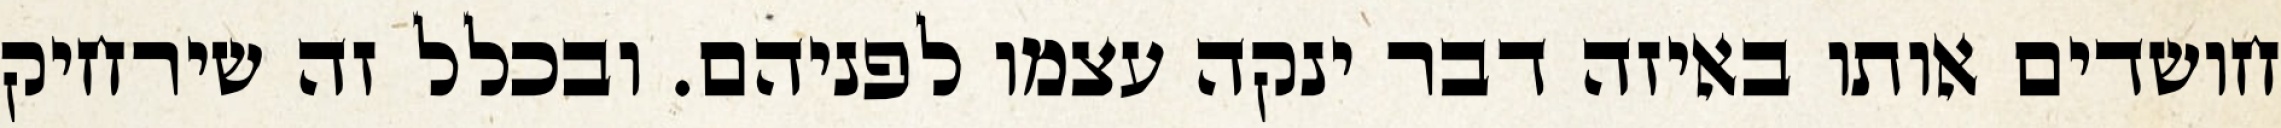
חושדים אותו באיזה דבר ינקה עצמו לפניהם. ובכלל זה שירחיק